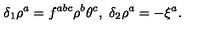
\delta _ { 1 } \rho ^ { a } = f ^ { a b c } \rho ^ { b } \theta ^ { c } , \ \delta _ { 2 } \rho ^ { a } = - \xi ^ { a } .